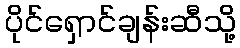
ပိုင်ရှောင်ချန်းဆီသို့